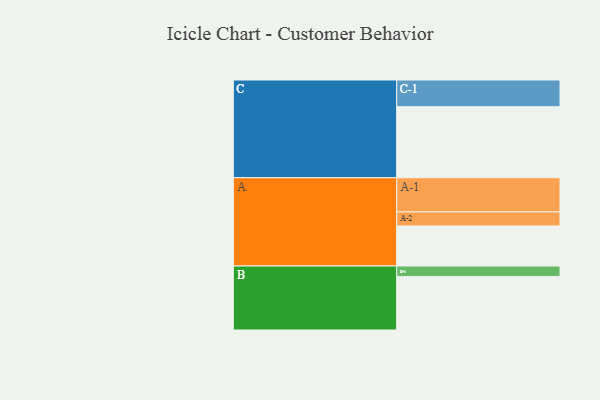
{"axis": {"x": "Segment", "y": "Value"}, "legend": ["", "A", "B", "C"], "data": [{"x": "A", "y": 330, "type": ""}, {"x": "B", "y": 441, "type": ""}, {"x": "C", "y": 585, "type": ""}, {"x": "A-1", "y": 281, "type": "A"}, {"x": "A-2", "y": 116, "type": "A"}, {"x": "B-1", "y": 86, "type": "B"}, {"x": "C-1", "y": 220, "type": "C"}]}